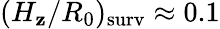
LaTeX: (H_{\mathbf{z}}/R_{0})_{\mathrm{{surv}}}\approx0.1